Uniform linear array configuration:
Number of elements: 8
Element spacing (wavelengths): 0.75
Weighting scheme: blackman
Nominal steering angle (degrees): -15
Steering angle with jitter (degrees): -15.422
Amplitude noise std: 0.05
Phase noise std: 0.05

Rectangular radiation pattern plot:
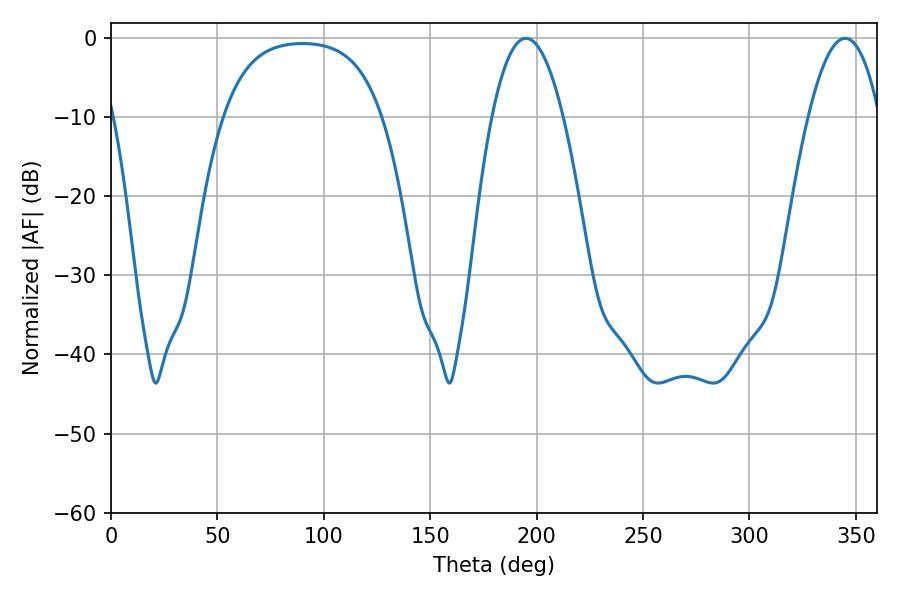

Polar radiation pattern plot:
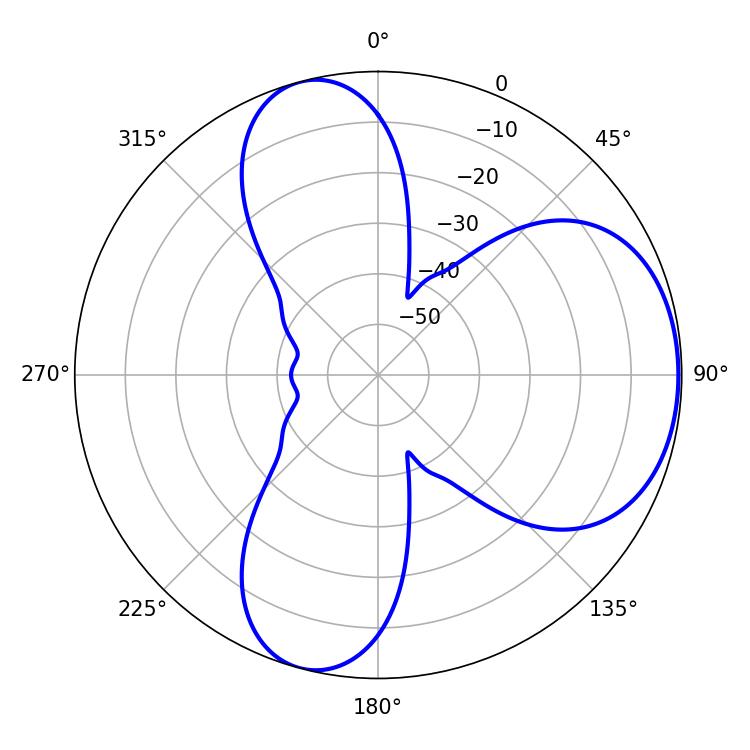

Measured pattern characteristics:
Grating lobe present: TRUE
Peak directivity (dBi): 5.658
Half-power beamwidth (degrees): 18.54
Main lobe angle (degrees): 195.12